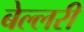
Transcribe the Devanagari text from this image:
बेल्लरी